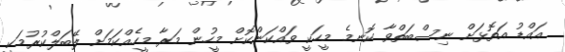
އައްޑު އަތޮޅަށް ނިސްބަތްވާ ކޮނމެ މީހަކީ ވައްކަންކޮށް މީހުން މަރާ މީހެއްކަމަށް ލޭބަލްކުރުމަކީ